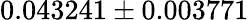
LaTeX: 0.043241\pm 0.003771